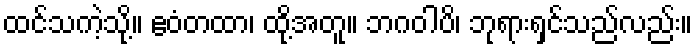
ထင်သကဲ့သို့။ ဧဝံတထာ၊ ထို့အတူ။ ဘဂဝါပိ၊ ဘုရားရှင်သည်လည်း။